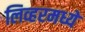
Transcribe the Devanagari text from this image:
लिव्हरमध्ये